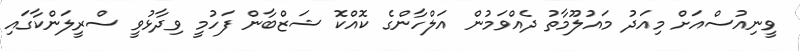
ވީނިއުސްއަށް މިއަދު މައުލޫމާތު ދެއްވަމުން އަލްހާންގެ ކޮއްކޮ ޝަޒްބާން ފަހުމީ ވިދާޅުވީ ސްރީލަންކާގައި